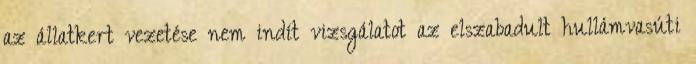
az állatkert vezetése nem indít vizsgálatot az elszabadult hullámvasúti